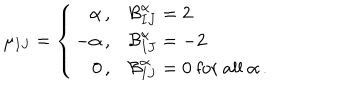
\mu _ { I J } = \left\{ \begin{array} { r l } { { \alpha \, , } } & { { { \cal B } _ { I J } ^ { \alpha } = 2 } } \\ { { - \alpha \, , } } & { { { \cal B } _ { I J } ^ { \alpha } = - 2 } } \\ { { 0 \, , } } & { { { \cal B } _ { I J } ^ { \alpha } = 0 { \mathrm { ~ f o r ~ a l l ~ } } \alpha \, . } } \\ \end{array} \right.